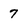
Character: 7